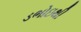
ડભોઇથી